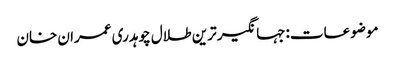
موضوعات:جہانگیر ترین طلال چوہدری عمران خان